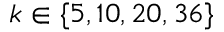
k \in \{ 5 , 1 0 , 2 0 , 3 6 \}